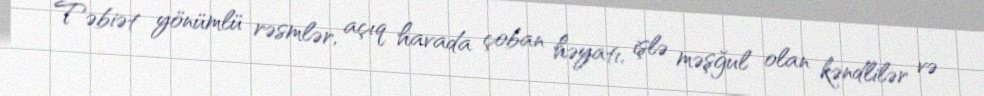
Təbiət yönümlü rəsmlər, açıq havada çoban həyatı, işlə məşğul olan kəndlilər və